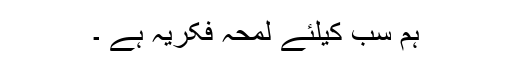
ہم سب کیلئے لمحہ فکریہ ہے ۔